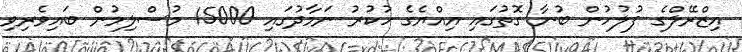
އިޒްރޭލްގެ ފުލުހުން ބުނާ ގޮތުގައި އިއްޔެގެ ހުކުރު ނަމާދުގައި 15000 މުސްލިމުން ބައިވެރިވި